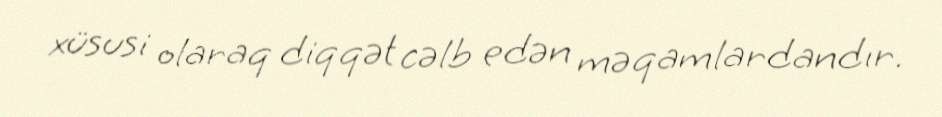
xüsusi olaraq diqqət cəlb edən məqamlardandır.